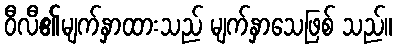
ဝီလီ၏မျက်နှာထားသည် မျက်နှာသေဖြစ် သည်။